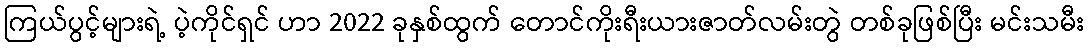
ကြယ်ပွင့်များရဲ့ ပဲ့ကိုင်ရှင် ဟာ 2022 ခုနှစ်ထွက် တောင်ကိုးရီးယားဇာတ်လမ်းတွဲ တစ်ခုဖြစ်ပြီး မင်းသမီး